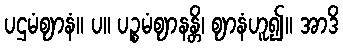
ပဌမံဈာနံ။ ပ။ ပဉ္စမံဈာနန္တိ၊ ဈာနံဟူ၍။ အာဒိ